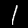
Digit: 1